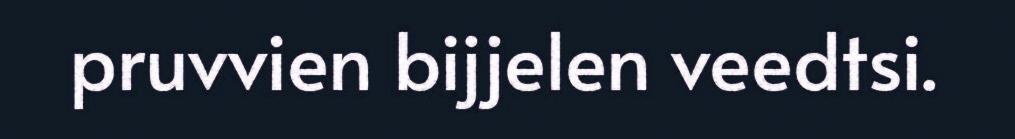
pruvvien bijjelen veedtsi.